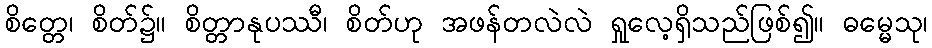
စိတ္တေ၊ စိတ်၌။ စိတ္တာနုပဿီ၊ စိတ်ဟု အဖန်တလဲလဲ ရှုလေ့ရှိသည်ဖြစ်၍။ ဓမ္မေသု၊